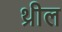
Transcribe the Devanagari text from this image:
थ्रील